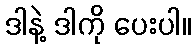
ဒါနဲ့ ဒါကို ပေးပါ။